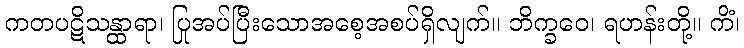
ကတပဋိသန္ထာရာ၊ ပြုအပ်ပြီးသောအစေ့အစပ်ရှိလျက်။ ဘိက္ခဝေ၊ ရဟန်းတို့။ ကိံ၊